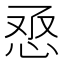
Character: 𢙎